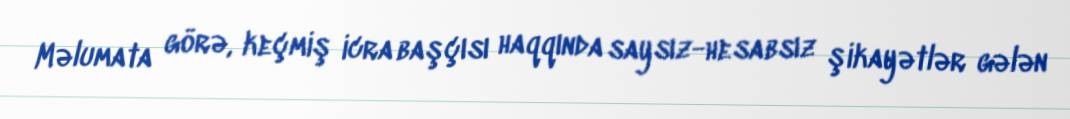
Məlumata görə, keçmiş icra başçısı haqqında saysız-hesabsız şikayətlər gələn